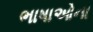
ભાષાઓના